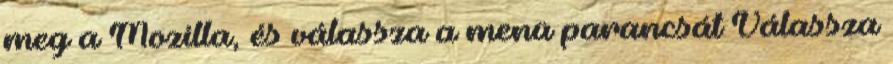
meg a Mozilla, és válassza a menü parancsát Válassza